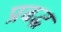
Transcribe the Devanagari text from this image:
प्रबद्ध